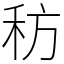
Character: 䄱